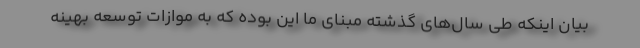
بیان اینکه طی سال‌های گذشته مبنای ما این بوده که به موازات توسعه بهینه